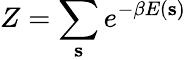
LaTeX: Z=\sum_{\mathbf{s}}e^{-\beta E(\mathbf{s})}